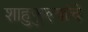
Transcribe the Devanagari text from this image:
शाहुफुल्यांचे